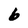
Character: 6